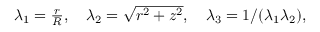
\begin{array} { r } { \lambda _ { 1 } = \frac { r } { R } , \quad \lambda _ { 2 } = \sqrt { r ^ { 2 } + z ^ { 2 } } , \quad \lambda _ { 3 } = 1 / ( \lambda _ { 1 } \lambda _ { 2 } ) , } \end{array}